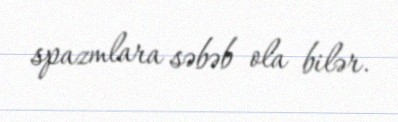
spazmlara səbəb ola bilər.